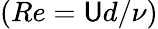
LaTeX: (Re=\mathsf{U}d/\nu)